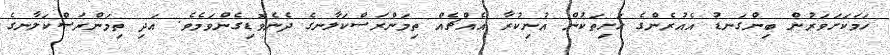
ހަމަކަށަވަރުން ބިންގަނޑު އެއުރެންގެ ހަށިތަކުން އުނިކުރާ އެއްޗެއް ތިމަންރަސްކަލާނގެ ދެނެވޮޑިގެންވަމެވެ. އަދި ތިމަންރަސްކަލާނގެ